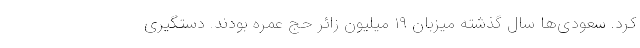
کرد. سعودی‌ها سال گذشته میزبان ۱۹ میلیون زائر حج عمره بودند. دستگیری